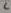
Text: 6